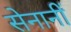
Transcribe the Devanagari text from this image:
सेनानीं